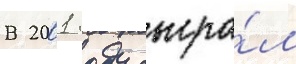
В 2001 году сыгра́л